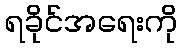
ရခိုင်အရေးကို